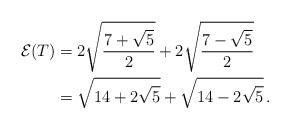
LaTeX: \begin{align*} \mathcal{E}(T) &= 2 \sqrt{\dfrac{7 + \sqrt{5}}{2}} + 2 \sqrt{\dfrac{7 - \sqrt{5}}{2}}\\ &= \sqrt{14 + 2 \sqrt{5}} + \sqrt{14 - 2 \sqrt{5}} \, .\end{align*}